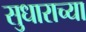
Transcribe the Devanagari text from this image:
सुधाराच्या